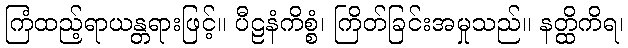
ကြံထည့်ရာယန္တရားဖြင့်။ ပီဠနံကိစ္စံ၊ ကြိတ်ခြင်းအမှုသည်။ နတ္ထိကိရ၊